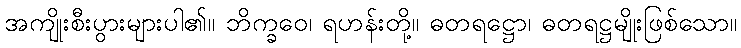
အကျိုးစီးပွားများပါ၏။ ဘိက္ခဝေ၊ ရဟန်းတို့။ ဓတရဋ္ဌော၊ ဓတရဋ္ဌမျိုးဖြစ်သော။